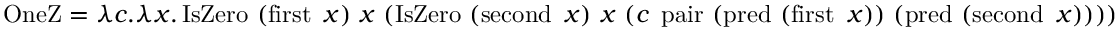
\operatorname { O n e Z } = \lambda c . \lambda x . \operatorname { I s Z e r o } \ ( \operatorname { f i r s t } \ x ) \ x \ ( \operatorname { I s Z e r o } \ ( \operatorname { s e c o n d } \ x ) \ x \ ( c \ \operatorname { p a i r } \ ( \operatorname { p r e d } \ ( \operatorname { f i r s t } \ x ) ) \ ( \operatorname { p r e d } \ ( \operatorname { s e c o n d } \ x ) ) ) )